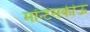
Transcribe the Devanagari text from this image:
मॉन्टेसकीऊ